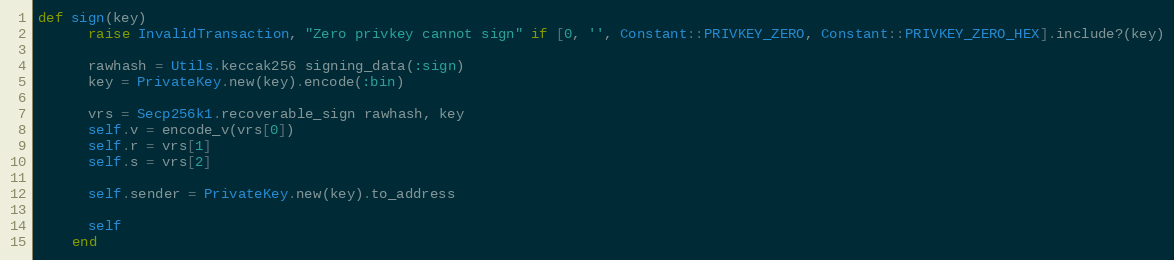
Language: Ruby
def sign(key)
      raise InvalidTransaction, "Zero privkey cannot sign" if [0, '', Constant::PRIVKEY_ZERO, Constant::PRIVKEY_ZERO_HEX].include?(key)

      rawhash = Utils.keccak256 signing_data(:sign)
      key = PrivateKey.new(key).encode(:bin)

      vrs = Secp256k1.recoverable_sign rawhash, key
      self.v = encode_v(vrs[0])
      self.r = vrs[1]
      self.s = vrs[2]

      self.sender = PrivateKey.new(key).to_address

      self
    end